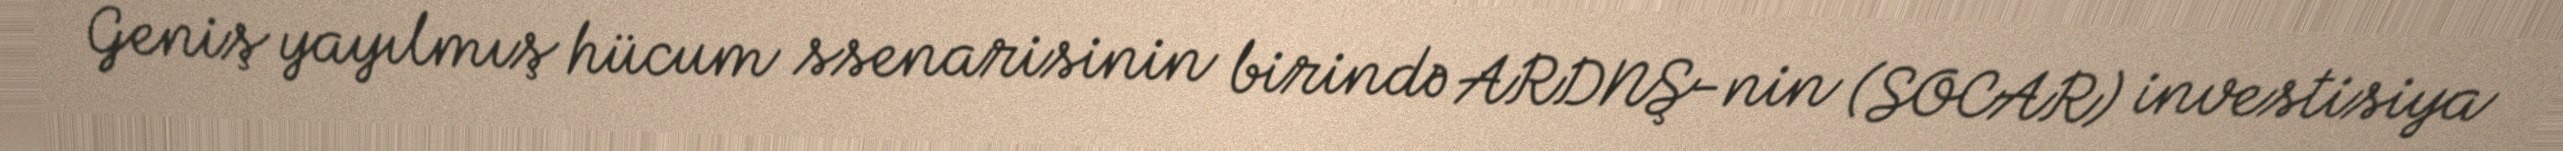
Geniş yayılmış hücum ssenarisinin birində ARDNŞ-nin (SOCAR) investisiya